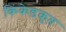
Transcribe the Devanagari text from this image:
किंकेडकृत